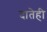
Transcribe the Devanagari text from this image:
दातेही